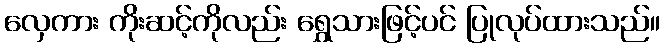
လှေကား ကိုးဆင့်ကိုလည်း ရွှေသားဖြင့်ပင် ပြုလုပ်ထားသည်။